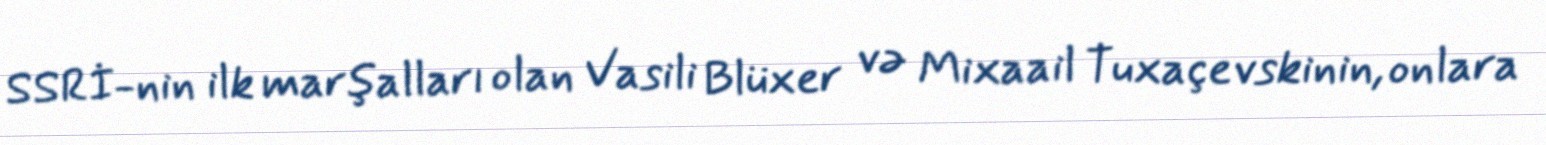
SSRİ-nin ilk marşalları olan Vasili Blüxer və Mixaail Tuxaçevskinin, onlara